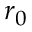
r _ { 0 }